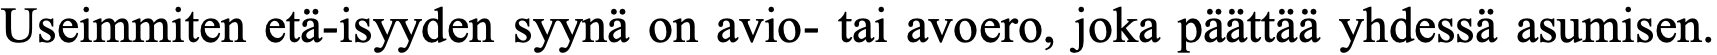
Useimmiten etä-isyyden syynä on avio- tai avoero, joka päättää yhdessä asumisen.